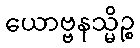
ယောဗ္ဗနသ္မိဉ္စ